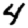
Digit: 4